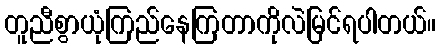
တူညီစွာယုံကြည်နေကြတာကိုလဲမြင်ရပါတယ်။